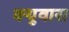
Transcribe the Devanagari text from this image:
क्युवास